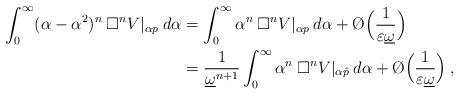
LaTeX: \begin{align*}\int_0^\infty (\alpha-\alpha^2)^n \:\Box^n V|_{\alpha p}\: d\alpha&= \int_0^\infty \alpha^n \:\Box^n V|_{\alpha p}\: d\alpha + \O \Big( \frac{1}{\varepsilon \underline{\omega}} \Big) \\&= \frac{1}{\underline{\omega}^{n+1}} \int_0^\infty \alpha^n \:\Box^n V|_{\alpha \hat{p}}\: d\alpha + \O \Big( \frac{1}{\varepsilon \underline{\omega}} \Big) \:,\end{align*}